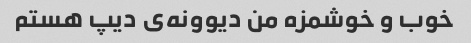
خوب و خوشمزه من دیوونه‌ی دیپ هستم